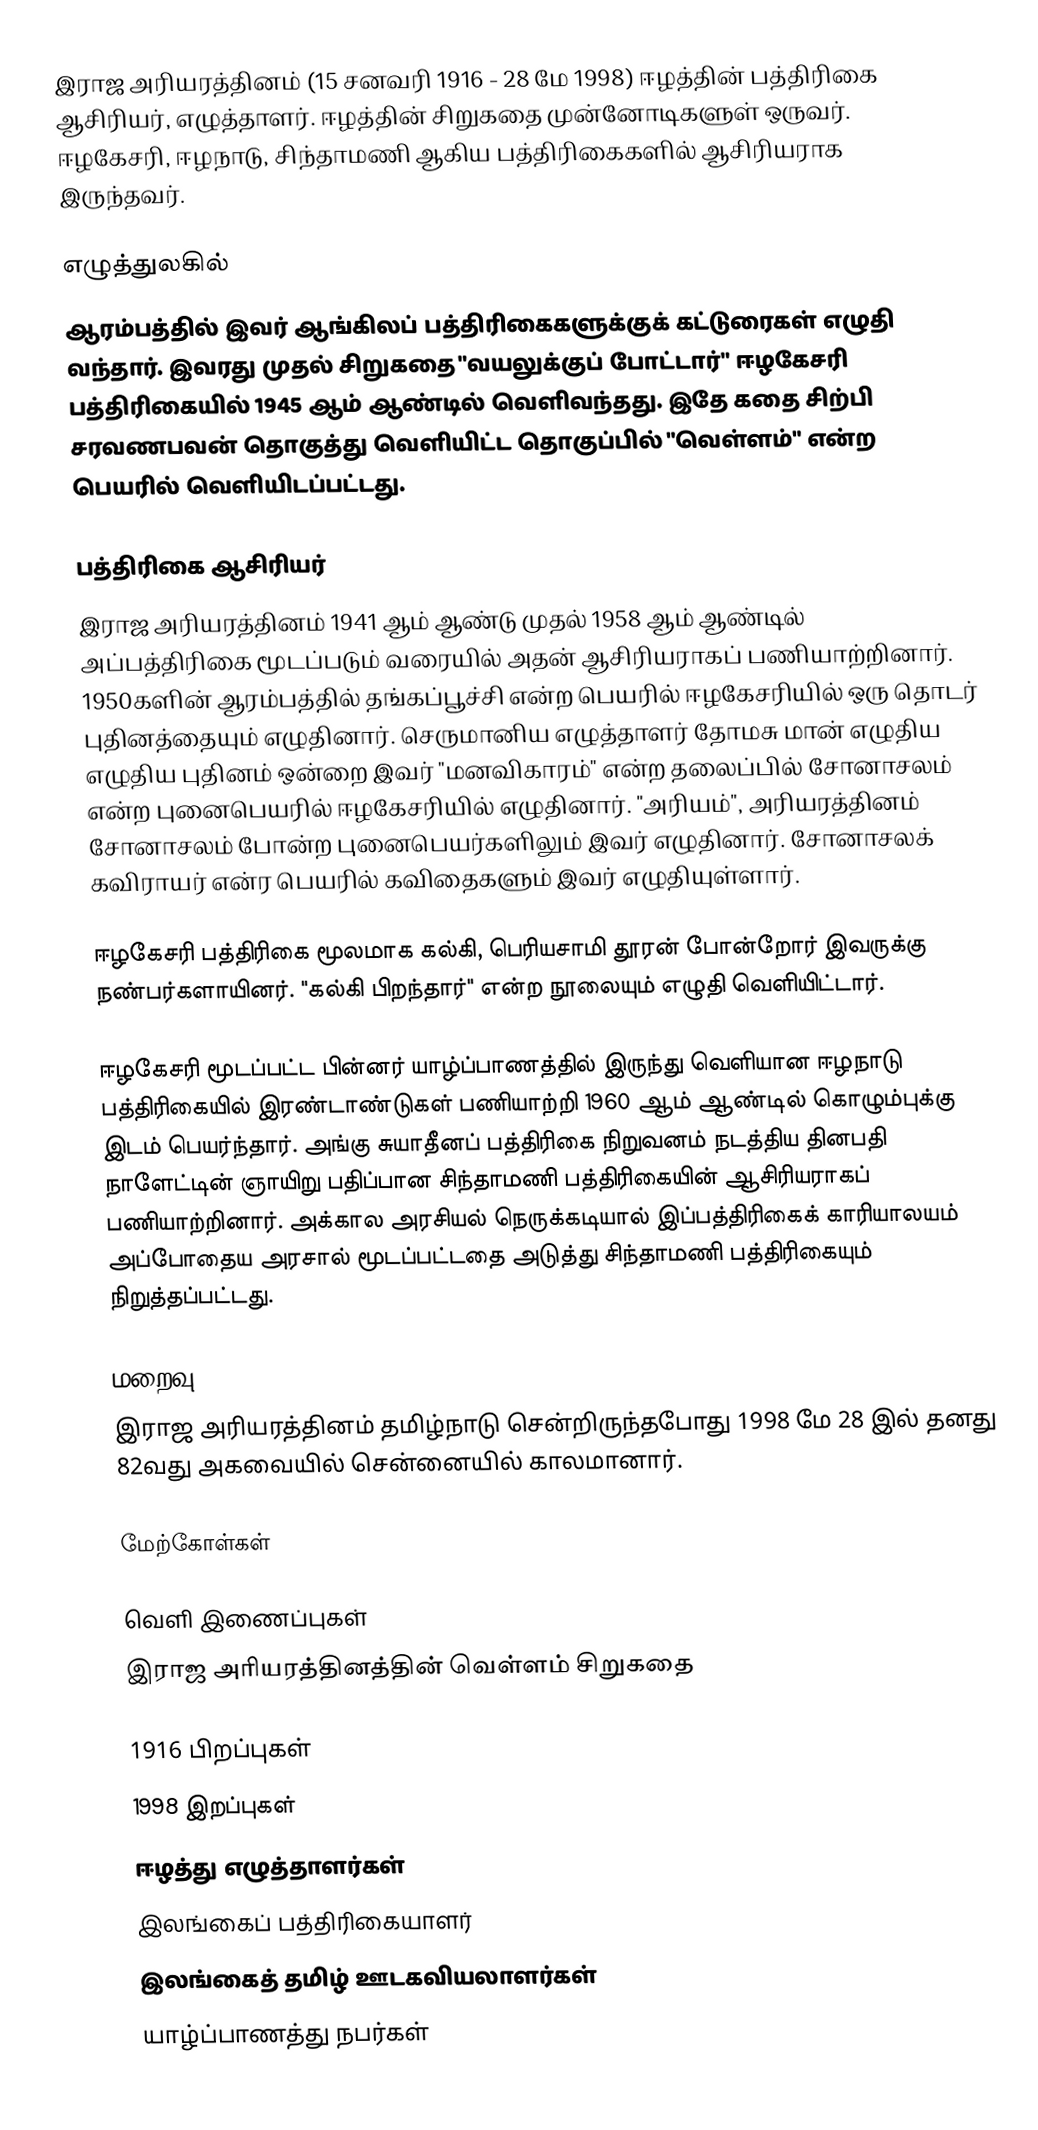
இராஜ அரியரத்தினம் (15 சனவரி 1916 - 28 மே 1998) ஈழத்தின் பத்திரிகை ஆசிரியர், எழுத்தாளர். ஈழத்தின் சிறுகதை முன்னோடிகளுள் ஒருவர். ஈழகேசரி, ஈழநாடு, சிந்தாமணி ஆகிய பத்திரிகைகளில் ஆசிரியராக இருந்தவர்.

எழுத்துலகில்
ஆரம்பத்தில் இவர் ஆங்கிலப் பத்திரிகைகளுக்குக் கட்டுரைகள் எழுதி வந்தார். இவரது முதல் சிறுகதை "வயலுக்குப் போட்டார்" ஈழகேசரி பத்திரிகையில் 1945 ஆம் ஆண்டில் வெளிவந்தது. இதே கதை சிற்பி சரவணபவன் தொகுத்து வெளியிட்ட தொகுப்பில் "வெள்ளம்" என்ற பெயரில் வெளியிடப்பட்டது.

பத்திரிகை ஆசிரியர்
இராஜ அரியரத்தினம் 1941 ஆம் ஆண்டு முதல் 1958 ஆம் ஆண்டில் அப்பத்திரிகை மூடப்படும் வரையில் அதன் ஆசிரியராகப் பணியாற்றினார். 1950களின் ஆரம்பத்தில் தங்கப்பூச்சி என்ற பெயரில் ஈழகேசரியில் ஒரு தொடர் புதினத்தையும் எழுதினார். செருமானிய எழுத்தாளர் தோமசு மான் எழுதிய எழுதிய புதினம் ஒன்றை இவர் "மனவிகாரம்" என்ற தலைப்பில் சோனாசலம் என்ற புனைபெயரில் ஈழகேசரியில் எழுதினார். "அரியம்", அரியரத்தினம் சோனாசலம் போன்ற புனைபெயர்களிலும் இவர் எழுதினார். சோனாசலக் கவிராயர் என்ர பெயரில் கவிதைகளும் இவர் எழுதியுள்ளார்.

ஈழகேசரி பத்திரிகை மூலமாக கல்கி, பெரியசாமி தூரன் போன்றோர் இவருக்கு நண்பர்களாயினர். "கல்கி பிறந்தார்" என்ற நூலையும் எழுதி வெளியிட்டார்.

ஈழகேசரி மூடப்பட்ட பின்னர் யாழ்ப்பாணத்தில் இருந்து வெளியான ஈழநாடு பத்திரிகையில் இரண்டாண்டுகள் பணியாற்றி 1960 ஆம் ஆண்டில் கொழும்புக்கு இடம் பெயர்ந்தார். அங்கு சுயாதீனப் பத்திரிகை நிறுவனம் நடத்திய தினபதி நாளேட்டின் ஞாயிறு பதிப்பான சிந்தாமணி பத்திரிகையின் ஆசிரியராகப் பணியாற்றினார். அக்கால அரசியல் நெருக்கடியால் இப்பத்திரிகைக் காரியாலயம் அப்போதைய அரசால் மூடப்பட்டதை அடுத்து சிந்தாமணி பத்திரிகையும் நிறுத்தப்பட்டது.

மறைவு
இராஜ அரியரத்தினம் தமிழ்நாடு சென்றிருந்தபோது 1998 மே 28 இல் தனது 82வது அகவையில் சென்னையில் காலமானார்.

மேற்கோள்கள்

வெளி இணைப்புகள்
 இராஜ அரியரத்தினத்தின் வெள்ளம் சிறுகதை

1916 பிறப்புகள்
1998 இறப்புகள்
ஈழத்து எழுத்தாளர்கள்
இலங்கைப் பத்திரிகையாளர்
இலங்கைத் தமிழ் ஊடகவியலாளர்கள்
யாழ்ப்பாணத்து நபர்கள்